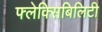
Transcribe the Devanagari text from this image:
फ्लेक्सिबिलिटी